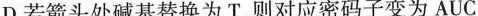
D.若箭头处碱基替换为T，则对应密码子变为AUC